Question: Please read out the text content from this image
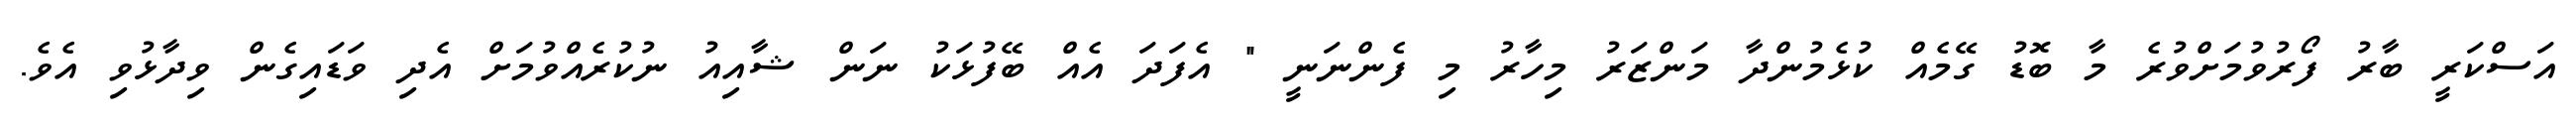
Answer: އަސްކަރީ ބާރު ފޯރުވުމަށްވުރެ މާ ބޮޑު ގޭމެއް ކުޅެމުންދާ މަންޒަރު މިހާރު މި ފެންނަނީ " އެފަދަ އެއް ބޭފުޅަކު ނަން ޝާއިއު ނުކުރެއްވުމަށް އެދި ވަޑައިގެން ވިދާޅުވި އެވެ.